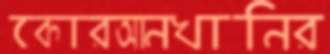
কোরআনখানির